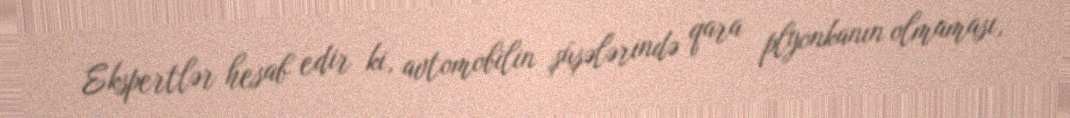
Ekspertlər hesab edir ki, avtomobilin şüşələrində qara plyonkanın olmaması,